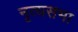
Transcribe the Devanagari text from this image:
नृत्यसभा